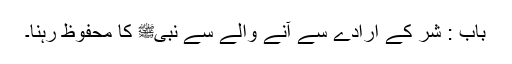
باب : شر کے ارادے سے آنے والے سے نبیﷺ کا محفوظ رہنا۔